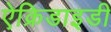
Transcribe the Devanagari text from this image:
ऐक्रिडाइडी